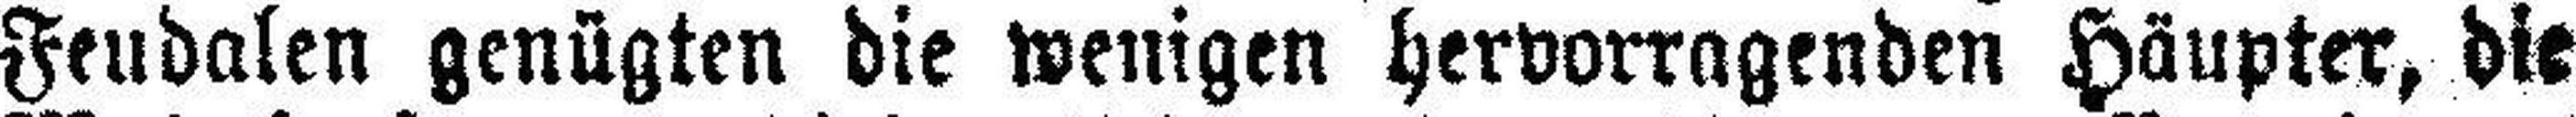
Feudalen genügten die wenigen hervorragenden Häupter, die